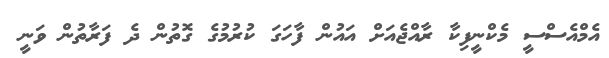
އެމްއެސްސީ މެކްނީފިކާ ރާއްޖެއަށް އައުން ފާހަގަ ކުރުމުގެ ގޮތުން ދެ ފަރާތުން ވަނީ